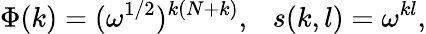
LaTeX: \Phi(k)=(\omega^{1/2})^{k(N+k)},~~~s(k,l)=\omega^{kl},